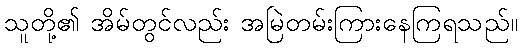
သူတို့၏ အိမ်တွင်လည်း အမြဲတမ်းကြားနေကြရသည်။